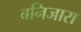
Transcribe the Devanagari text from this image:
बनिजारा